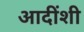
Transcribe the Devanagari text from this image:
आदींशी